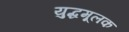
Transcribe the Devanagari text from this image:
युद्धमूलक